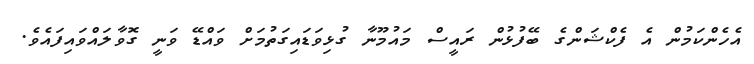
އެހެންކަމުން އެ ފެކްޝަންގެ ބޭފުޅުން ރައީސް މައުމޫނާ ގުޅިވަޑައިގަތުމަށް ވައްޑޭ ވަނީ ގޮވާލައްވައިފައެވެ.